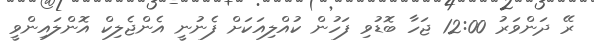
ރޭ ދަންވަރު 12:00 ޖަހާ ބޮޑުވި ފަހުން ކުއްލިއަކަށް ފެނުނީ އެންޖެލިކް އޮންލައިންވީ